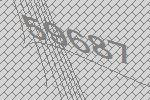
59687